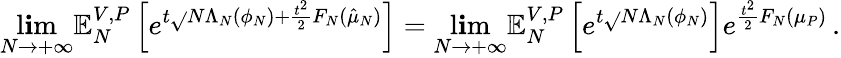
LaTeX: \operatorname*{l\mathbf{i}m}_{N\to+\infty}\mathbb{{E}}_{N}^{V,P}\left[e^{t\sqrt{}{{N}}\Lambda_{N}(\phi_{N})+\frac{{t^{2}}}{{2}}F_{N}(\hat{{\mu}}_{N})}\right]=\operatorname*{l\mathbf{i}m}_{N\to+\infty}\mathbb{{E}}_{N}^{V,P}\left[e^{t\sqrt{}{{N}}\Lambda_{N}(\phi_{N})}\right]e^{\frac{{t^{2}}}{{2}}F_{N}(\mu_{P})}\, .